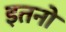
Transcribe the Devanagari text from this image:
इतनो